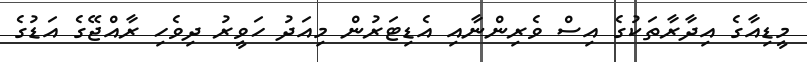
މީޑިއާގެ އިދާރާތަކުގެ އިސް ވެރިންނާއި އެޑިޓަރުން މިއަދު ހަވީރު ދިވެހި ރާއްޖޭގެ އަޑުގެ